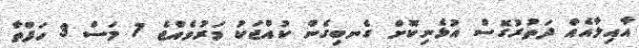
އާއިލާއެއް ދަތުރުގޮސް އުޅެނިކޮށް ގެނބިގެން ކުއްޖަކު މަރުވެއްޖެ 7 މަސް 3 ހަފްތާ